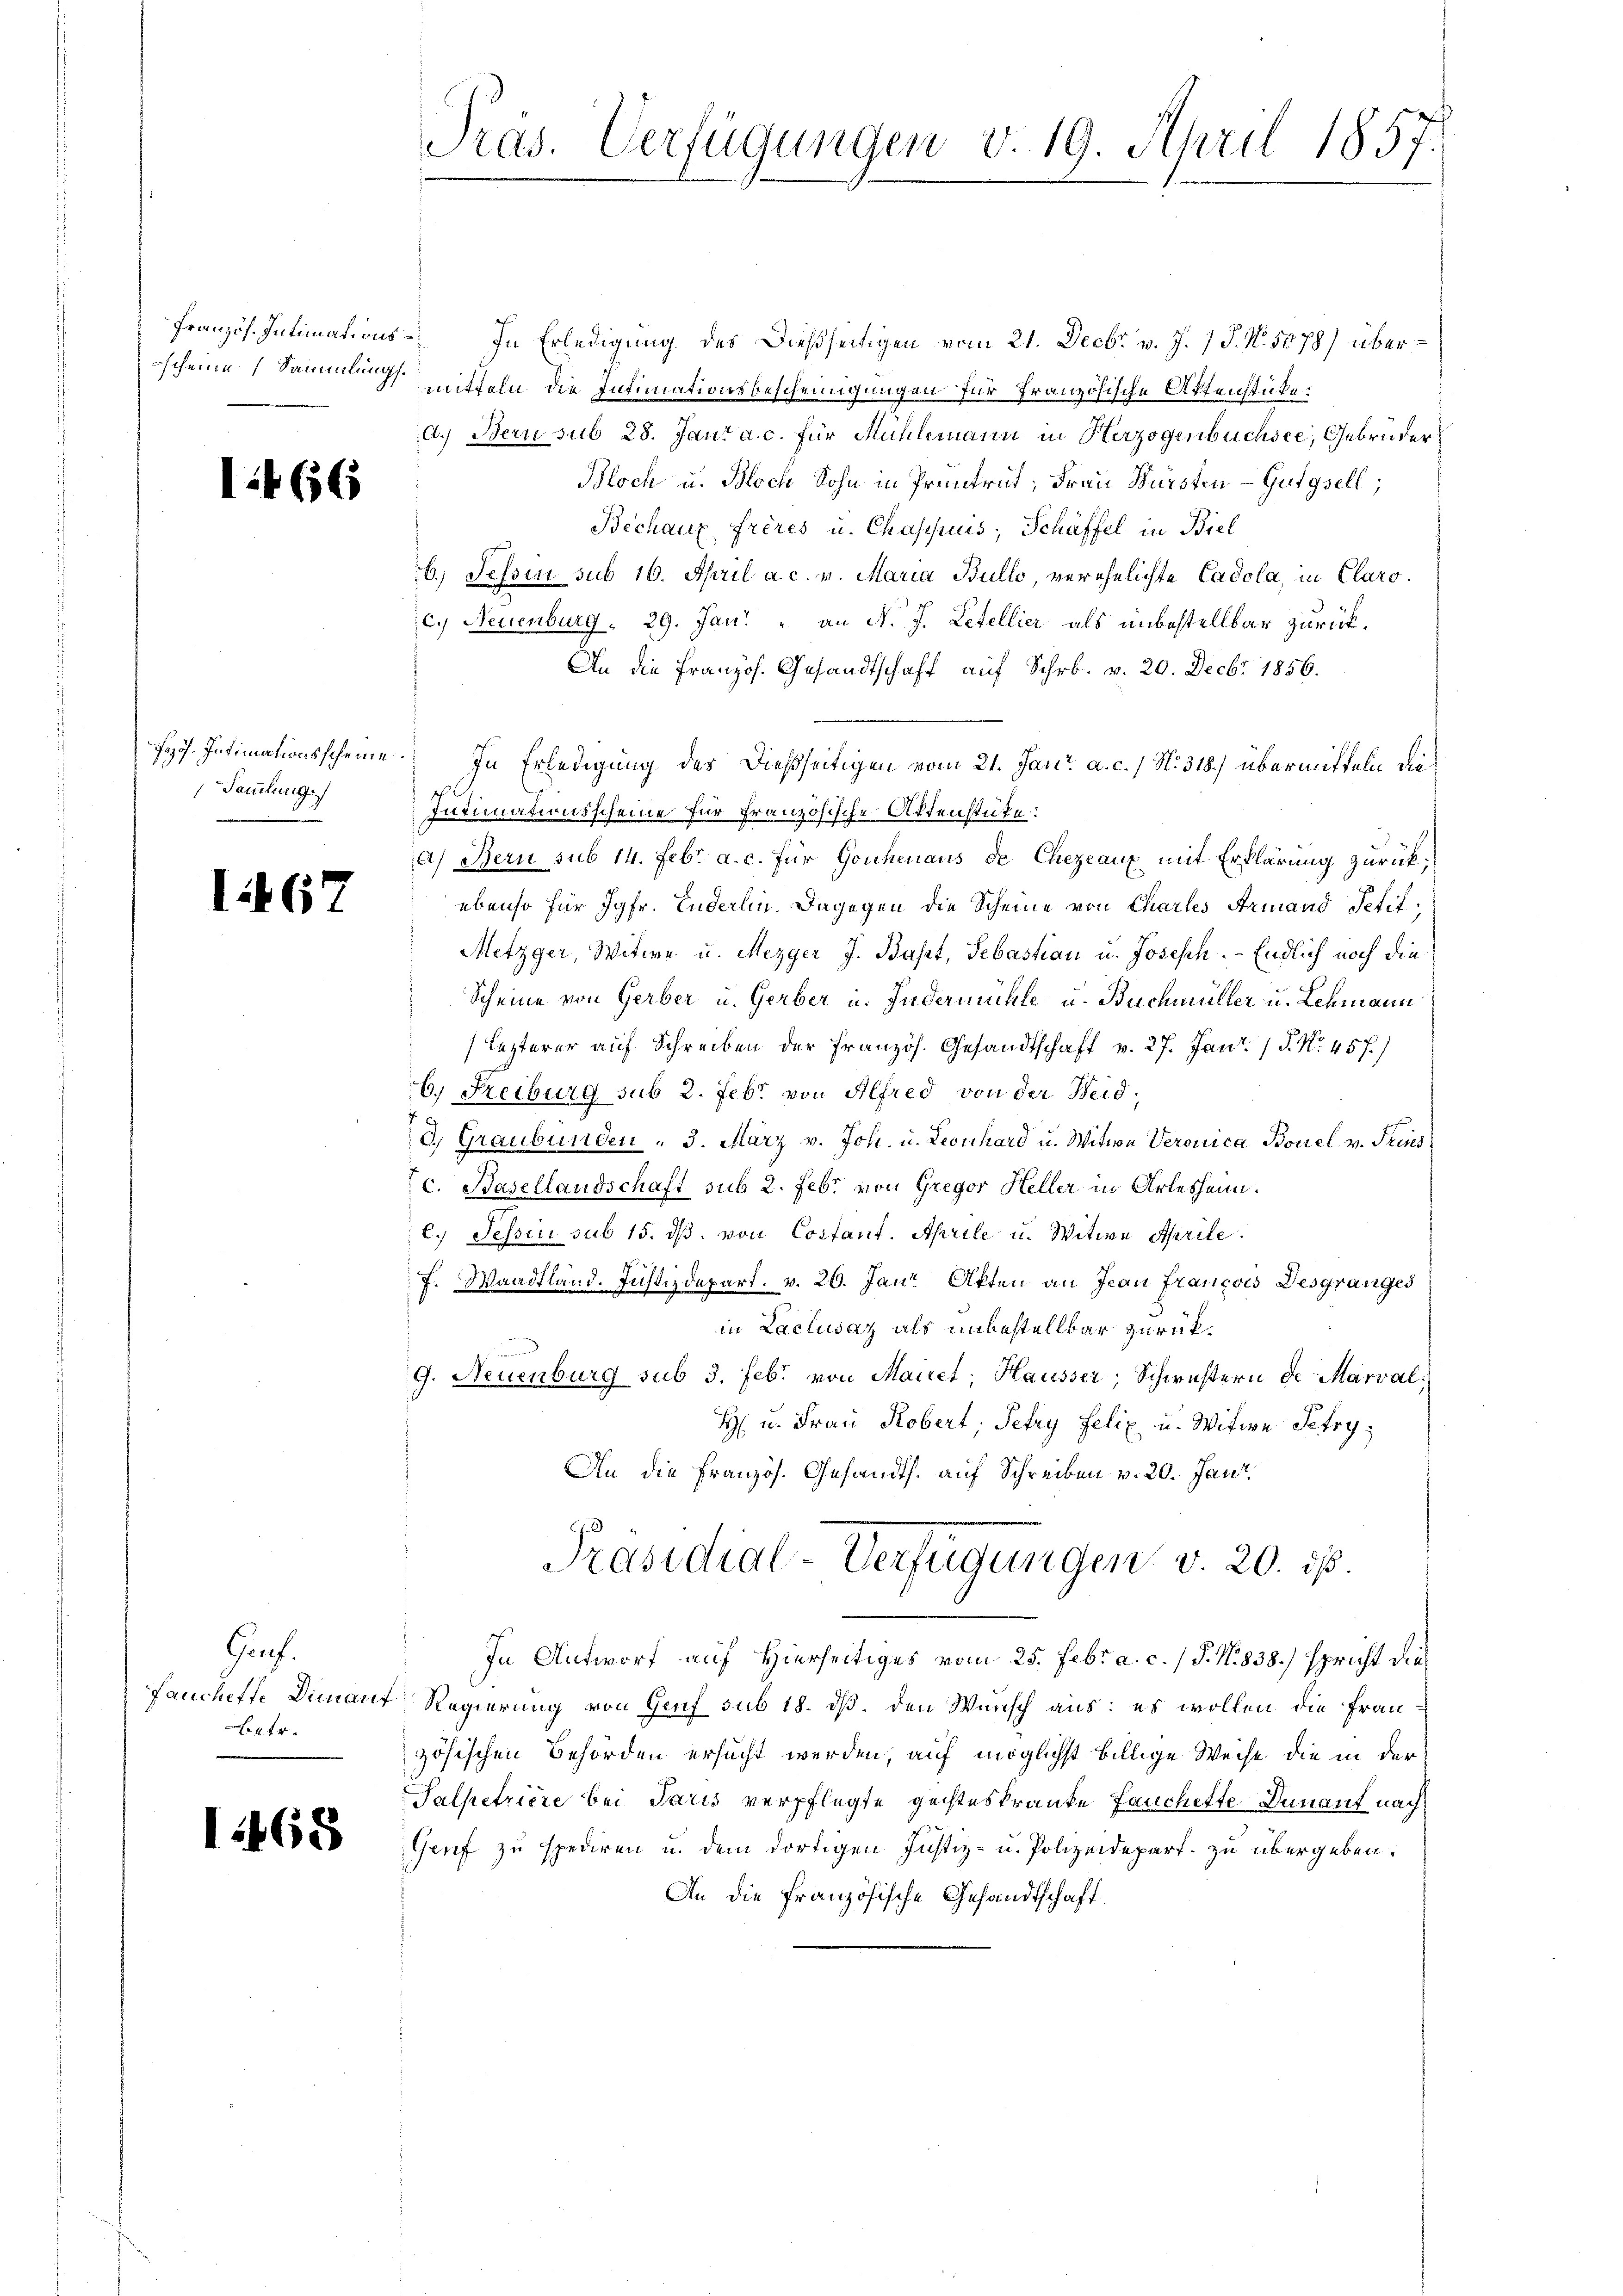
Französ. Intimationsscheine Sammlung.

1466

Sammlung.

I467

Gruf.
4fr.

1468

Pras. Verfügungen v. 19. April 1857.

In Erledigung des Dießseitigen vom 21. Decbr v. J. J. N. 5878) übermitteln die Intimationsbescheinigungen für französische Aktenstüke
d.) Bern sub 28. Janr a. c. für Mühlemann in Herzogenbüchsee, Gebrüder
Bloch u. Bloch Sohn in Pruntrut, Frau Würsten - Gutgsell;
Bechaux frères u. Chascuis, Schäffel in Biel
26.) Tessin sub 16. April a. c. v. Maria Bullo, verehelichte Cadola, in Claroc. Neuenburg " 29. Jan. u. an N. J. Letellier als unbestellbar zurück¬
An die französ. Gesandtschaft auf Schr. v. 20. Decbr 1856.
so. Intimationsscheine. In Erledigung des dießseitigen vom 21. Jan. a. c. / N. 318.) übermitteln die¬
Intimationsscheine für Französische Aktenstüke:
a) Bern sub 14. Febr. a. c. für Gouhenaus de Chezeaux mit Erklärung zurückebenso für Jgfr. Enderlin. Dagegen die Scheine von Chartes Armand Petit
Metzger, Witwe u. Mezger J. Baset, Sebastian u. Joseph. - Endlich noch die
Scheine von Gerber u. Gerber u. Fudermühle u. Buchmüller u. Lehmann
lezterer auf Schreiben der französ. Gesandtschaft v. 27. Jant. 15. No. 45 f.)
6. Freiburg sub 2. Febr. von Alfred von der Neid,
13, Graubünden : 3. März v. Joh. u. Leonhard u. Witwe Veronica, Bouel v. Treues
c. Basellandschaft sub 2. Febr. von Gregor Heller in Arlesheim.
l.) Tessin sub 15. ds. von Costant. Aprile u. Witwe Aprile:
f. Waadtland. Justizdepart. v. 26. Jan. Akten an Jean François Desgranges
in Laclusaz als unbestellbar zurück¬
9. Neuenburg sub 3. Febr. von Mairet, Hausser, Schwestern de Marval,
H. u. Frau Robert, Petry Felix u. Witwe Petry,
An die Französ. Gesandts. auf Schreiben v. 20. Jani
Präsidial-Verfügungen v. 20. ist.
In Antworf auf Hierseitiges vom 25. Febr. a. c. / P. N. 838.) spricht die¬
Lauchette Dimant Regierung von Genf sub 18. ds. den Wunsch aus: es wollen die Frauzösischen Behörden ersucht werden, auf möglichst billige Weise die in der
Salpetriere bei Paris verpflegte geisteskranke auchette Dunauf nach
Genf zu spediren u. dem dortigen Justiz- u. Polizeidepart zu übergeben.
An die Französische Gesandtschaft.